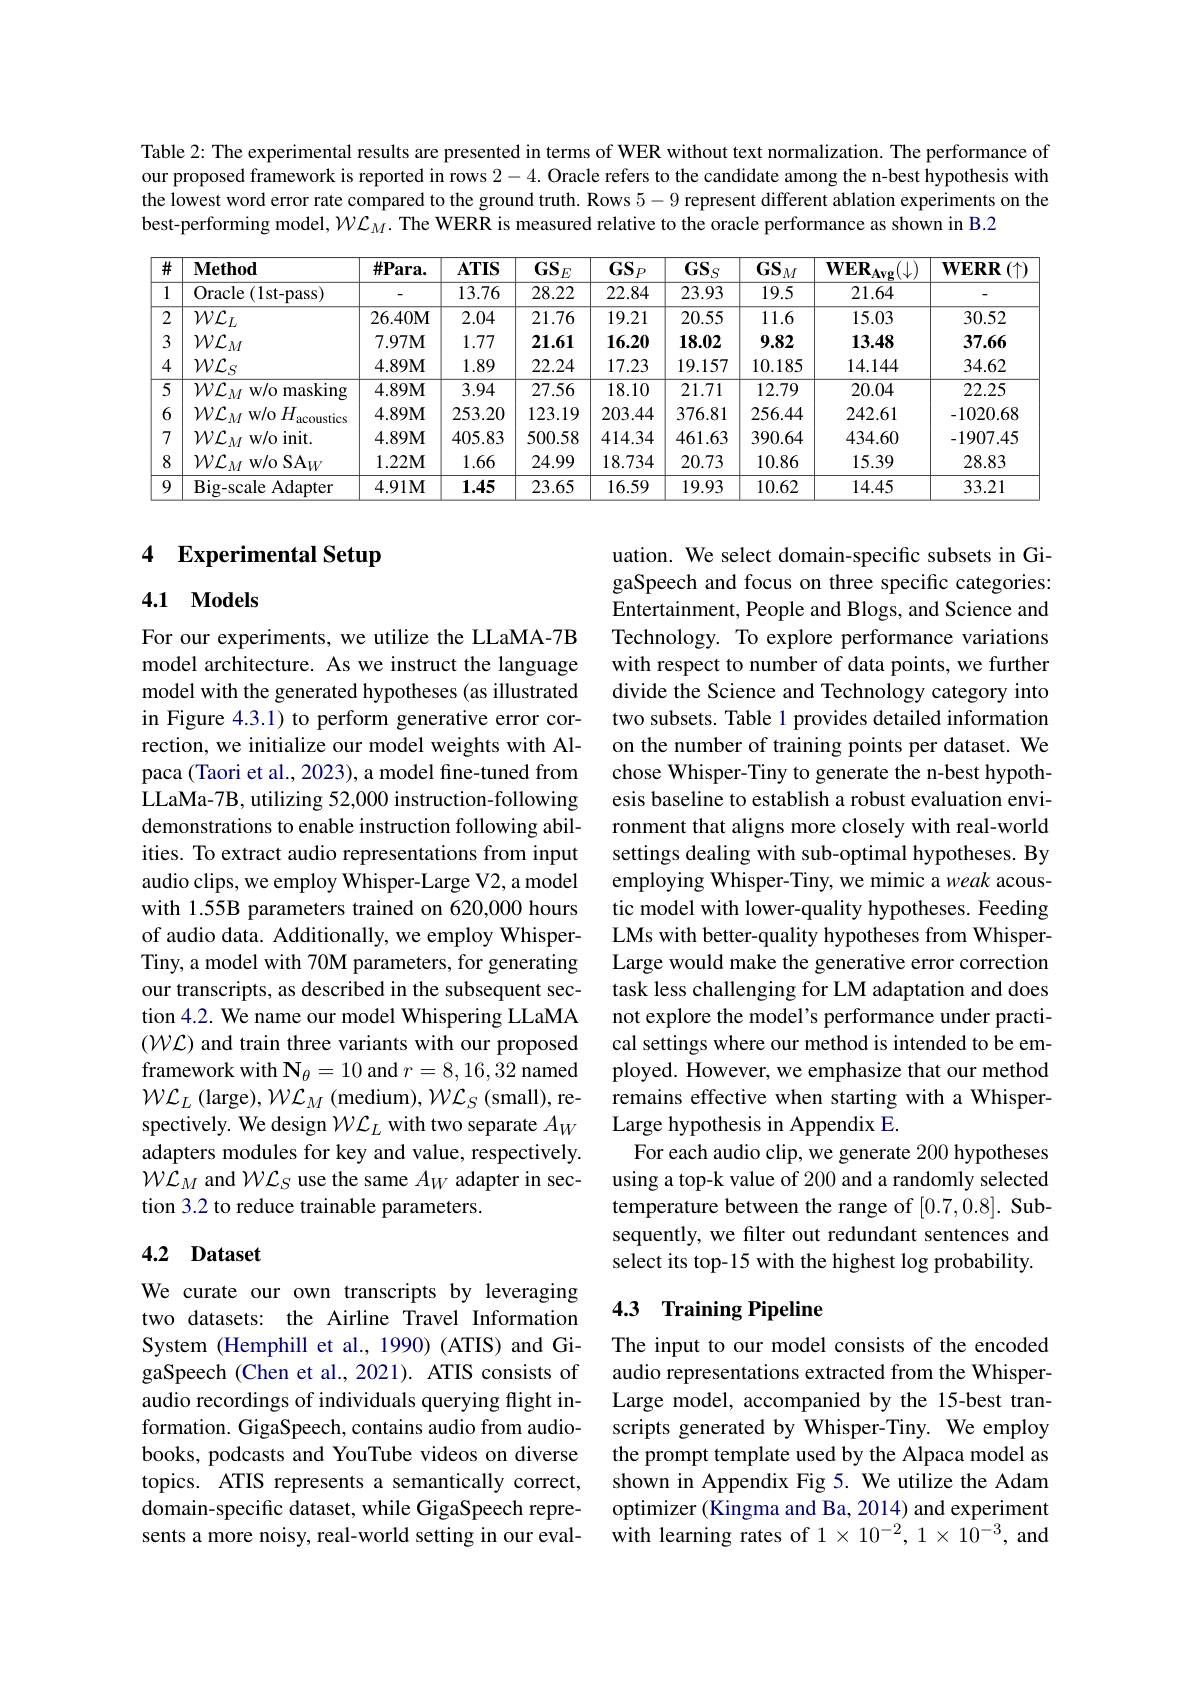
Table 2: The experimental results are presented in terms of WER without text normalization. The performance of our proposed framework is reported in rows 2-4. Oracle refers to the candidate among the n-best hypothesis with the lowest word error rate compared to the ground truth. Rows 5-9 represent different ablation experiments on the best-performing model, $\mathcal{W}\mathcal{L}_M.$ The WERR is measured relative to the oracle performance as shown in B.2

<table>
	<tbody>
		<tr>
			<th>$\overline{\#}$</th>
			<th>$\mathbf{Method}$</th>
			<th>$\#$Para.</th>
			<th>$ATIS$</th>
			<th>$GS.$ $iE$</th>
			<th>$\overline{\mathbf{GS}_{P}}$</th>
			<th>$\overline{\mathbf{GS}_{S}}$</th>
			<th>$\overline{\mathbf{GS}_M}$</th>
			<th>$WER$ $(\downarrow)$ Avg</th>
			<th>$\mathbf{WERR}$ $:(\uparrow$, T</th>
		</tr>
		<tr>
			<td>1 1</td>
			<td>Oracle $\varepsilon(1$st-pass)</td>
			<td> </td>
			<td>13.76</td>
			<td>28.22</td>
			<td>22.84</td>
			<td>23.93</td>
			<td>19.5</td>
			<td>21.64</td>
			<td> </td>
		</tr>
		<tr>
			<td>2</td>
			<td>$\mathcal{W}\mathcal{L}_{L}$</td>
			<td>$26.40\mathbf{M}$</td>
			<td>2.04</td>
			<td>21.76</td>
			<td>19.21</td>
			<td>20.55</td>
			<td>11.6</td>
			<td>15.03</td>
			<td>30.52</td>
		</tr>
		<tr>
			<td>3</td>
			<td>$\mathcal{W}\mathcal{L}_M$</td>
			<td>$7.97\mathbf{M}$</td>
			<td>1.77</td>
			<td>21.61</td>
			<td>16.20</td>
			<td>18.02</td>
			<td>9.82</td>
			<td>13.48</td>
			<td>37.66</td>
		</tr>
		<tr>
			<td>4</td>
			<td>$\mathcal{W}\mathcal{L}_S$</td>
			<td>4.89M</td>
			<td>1.89</td>
			<td>22.24</td>
			<td>17.23</td>
			<td>19.157</td>
			<td>10.185</td>
			<td>14.144</td>
			<td>34.62</td>
		</tr>
		<tr>
			<td>$\overline{5}$</td>
			<td>$\mathcal{W}\mathcal{L}_{M}$ w/o masking</td>
			<td>4.89M</td>
			<td>3.94</td>
			<td>27.56</td>
			<td>18.10</td>
			<td>21.71</td>
			<td>12.79</td>
			<td>20.04</td>
			<td>22.25</td>
		</tr>
		<tr>
			<td>6</td>
			<td>$\mathcal{W}\mathcal{L}_{M}$w/o $H_{3}$ acoustics</td>
			<td>4.89M</td>
			<td>253.20</td>
			<td>123.19</td>
			<td>203.44</td>
			<td>376.81</td>
			<td>256.44</td>
			<td>242.61</td>
			<td>-1020.68</td>
		</tr>
		<tr>
			<td>7</td>
			<td>$\mathcal{W}\mathcal{L}_{M}$w/o init.</td>
			<td>4.89M</td>
			<td>405.83</td>
			<td>500.58</td>
			<td>414.34</td>
			<td>461.63</td>
			<td>390.64</td>
			<td>434.60</td>
			<td>-1907.45</td>
		</tr>
		<tr>
			<td>8</td>
			<td>$\mathcal{W}\mathcal{L}_{M}$ w/o SA$_W$</td>
			<td>$1.22\mathbf{M}$</td>
			<td>1.66</td>
			<td>24.99</td>
			<td>18.734</td>
			<td>20.73</td>
			<td>10.86</td>
			<td>15.39</td>
			<td>28.83</td>
		</tr>
		<tr>
			<td>9</td>
			<td>$\operatorname{Big-scale}$Adapter</td>
			<td>$4.91M$</td>
			<td>1.45</td>
			<td>23.65</td>
			<td>16.59</td>
			<td>19.93</td>
			<td>10.62</td>
			<td>14.45</td>
			<td>33.21</td>
		</tr>
	</tbody>
</table>

## 4 Experimental Setup

## 4.1 Models

uation. We select domain-specific subsets in GigaSpeech and focus on three specific categories: Entertainment, People and Blogs, and Science and Technology. To explore performance variations with respect to number of data points, we further divide the Science and Technology category into two subsets. Table 1 provides detailed information on the number of training points per dataset. We chose Whisper-Tiny to generate the n-best hypothesis baseline to establish a robust evaluation environment that aligns more closely with real-world settings dealing with sub-optimal hypotheses. By employing Whisper-Tiny, we mimic a weak acoustic model with lower-quality hypotheses. Feeding LMs with better-quality hypotheses from WhisperLarge would make the generative error correction task less challenging for LM adaptation and does not explore the model's performance under practical settings where our method is intended to be employed. However, we emphasize that our method remains effective when starting with a WhisperLarge hypothesis in Appendix E.
For each audio clip, we generate 200 hypotheses using a top-k value of 200 and a randomly selected temperature between the range of [0.7,0.8]. Subsequently, we filter out redundant sentences and select its top-15 with the highest log probability.

For our experiments, we utilize the LLaMA-7B model architecture. As we instruct the language model with the generated hypotheses (as illustrated in Figure 4.3.1) to perform generative error correction, we initialize our model weights with Alpaca (Taori et al., 2023), a model fine-tuned from LLaMa-7B, utilizing 52,000 instruction-following demonstrations to enable instruction following abilities. To extract audio representations from input audio clips, we employ Whisper-Large V2, a model with 1.55B parameters trained on 620,000 hours of audio data. Additionally, we employ WhisperTiny, a model with 70M parameters, for generating our transcripts, as described in the subsequent section 4.2. We name our model Whispering LLaMA $(W{\mathcal L}) and train three variants with our proposed$ framework with $\mathbf{N}_\theta=10$ and $r=8,16,32$ named $\mathcal{W} \mathcal{L} _{L}\left ( \mathrm{large}\right ) , \mathcal{W} \mathcal{L} _{M}\left ( \mathrm{medium}\right ) , \mathcal{W} \mathcal{L} _{S}\left ( \mathrm{small}\right ) $,respectively. We design $\mathcal{W}\mathcal{L}_L$ with two separate $A_W$ adapters modules for key and value, respectively $\mathcal{W}\mathcal{L}_M$ and $\mathcal{W}\mathcal{L}_S$ use the same $A_W$ adapter in section 3.2 to reduce trainable parameters.

## 4.2 Dataset

## 4.3 Training Pipeline

We curate our own transcripts by leveraging two datasets: the Airline Travel Information System (Hemphill et al., 1990) (ATIS) and GigaSpeech (Chen et al., 2021). ATIS consists of audio recordings of individuals querying flight information. GigaSpeech, contains audio from audiobooks, podcasts and YouTube videos on diverse topics. ATIS represents a semantically correct, domain-specific dataset, while GigaSpeech represents a more noisy, real-world setting in our eval-

The input to our model consists of the encoded audio representations extracted from the WhisperLarge model, accompanied by the 15-best transcripts generated by Whisper-Tiny. We employ the prompt template used by the Alpaca model as shown in Appendix Fig 5. We utilize the Adam optimizer (Kingma and Ba, 2014) and experiment with learning rates of $1\times10^{-2},1\times10^{-3}$, and